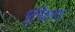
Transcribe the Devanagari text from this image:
भूमिक्षरण